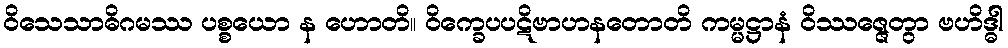
ဝိသေသာဓိဂမဿ ပစ္စယော န ဟောတိ။ ဝိက္ခေပပဋိဗာဟနတောတိ ကမ္မဋ္ဌာနံ ဝိဿဇ္ဇေတွာ ဗဟိဒ္ဓါ